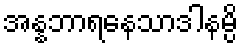
အန္နဘာရနေသာဒါနမ္ပိ